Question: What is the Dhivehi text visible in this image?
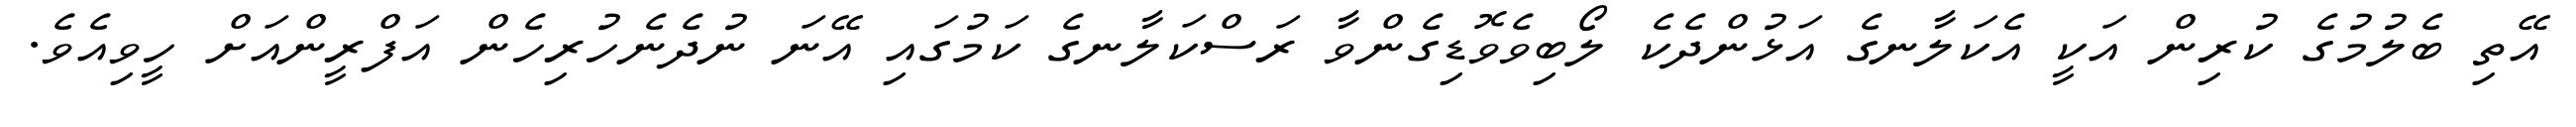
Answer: އޭތި ބެލުމުގެ ކުރިން އަކީ އެކަލާނގެ އަޅުންދެކެ ލޯބިވެވޮޑިގެންވާ ރަސްކަލާނގެ ކަމުގައި އޭނަ ނުދެނެހުރިހެން އަފްރީންއަށް ހީވިއެވެ.